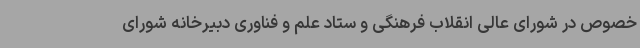
خصوص در شورای عالی انقلاب فرهنگی و ستاد علم و فناوری دبیرخانه شورای